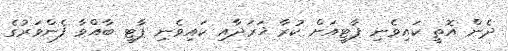
ދެން އޮތީ ކައިވެނި ޕާޓީއަށް ކުރާ ޚަރަދާއި ކައިވެނި ޕާޓީ ބާއްވާ ފެންވަރުގެ